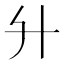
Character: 𦫵